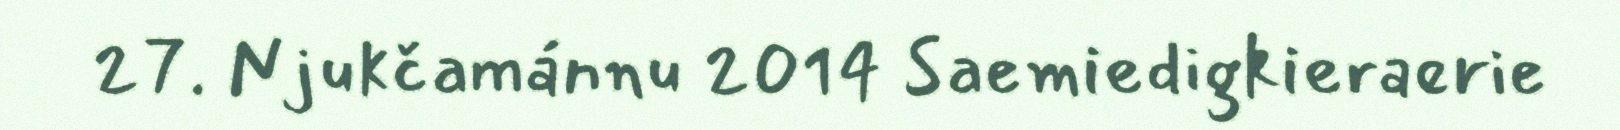
27. Njukčamánnu 2014 Saemiedigkieraerie